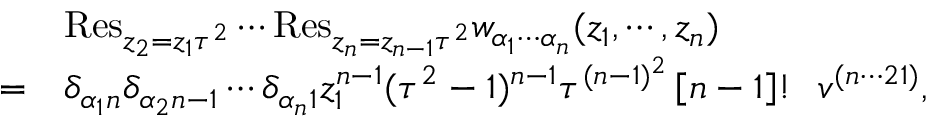
\begin{array} { c l } { { } } & { { \mathrm { R e s } _ { z _ { 2 } = z _ { 1 } \tau ^ { 2 } } \cdots \mathrm { R e s } _ { z _ { n } = z _ { n - 1 } \tau ^ { 2 } } w _ { \alpha _ { 1 } \cdots \alpha _ { n } } ( z _ { 1 } , \cdots , z _ { n } ) } } \\ { { = } } & { { \delta _ { \alpha _ { 1 } n } \delta _ { \alpha _ { 2 } n - 1 } \cdots \delta _ { \alpha _ { n } 1 } z _ { 1 } ^ { n - 1 } ( \tau ^ { 2 } - 1 ) ^ { n - 1 } \tau ^ { ( n - 1 ) ^ { 2 } } \left[ n - 1 \right] ! ~ ~ v ^ { ( n \cdots 2 1 ) } , } } \end{array}